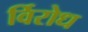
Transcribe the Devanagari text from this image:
र्विरोध